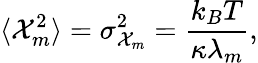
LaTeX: \langle\mathcal{X}_{m}^{2}\rangle=\sigma_{\mathcal{X}_{m}}^{2}=\frac{k_{B}T}{\kappa\lambda_{m}},